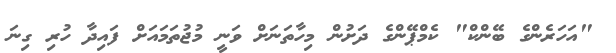
"އަހަރެންގެ ބޭންކް" ކެމްޕޭންގެ ދަށުން މިހާތަނަށް ވަނީ މުޖުތަމައަށް ފައިދާ ހުރި ގިނަ